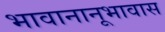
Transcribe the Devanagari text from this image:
भावानानूभावास